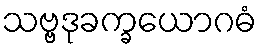
သဗ္ဗဒုခက္ခယောဂဓံ